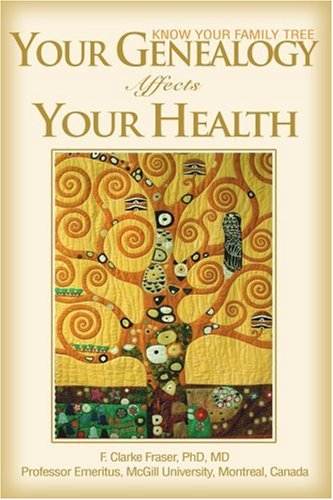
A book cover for Your Genealogy Affects Your Health: Know Your Family Tree; F. Clarke Fraser; Medical Books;